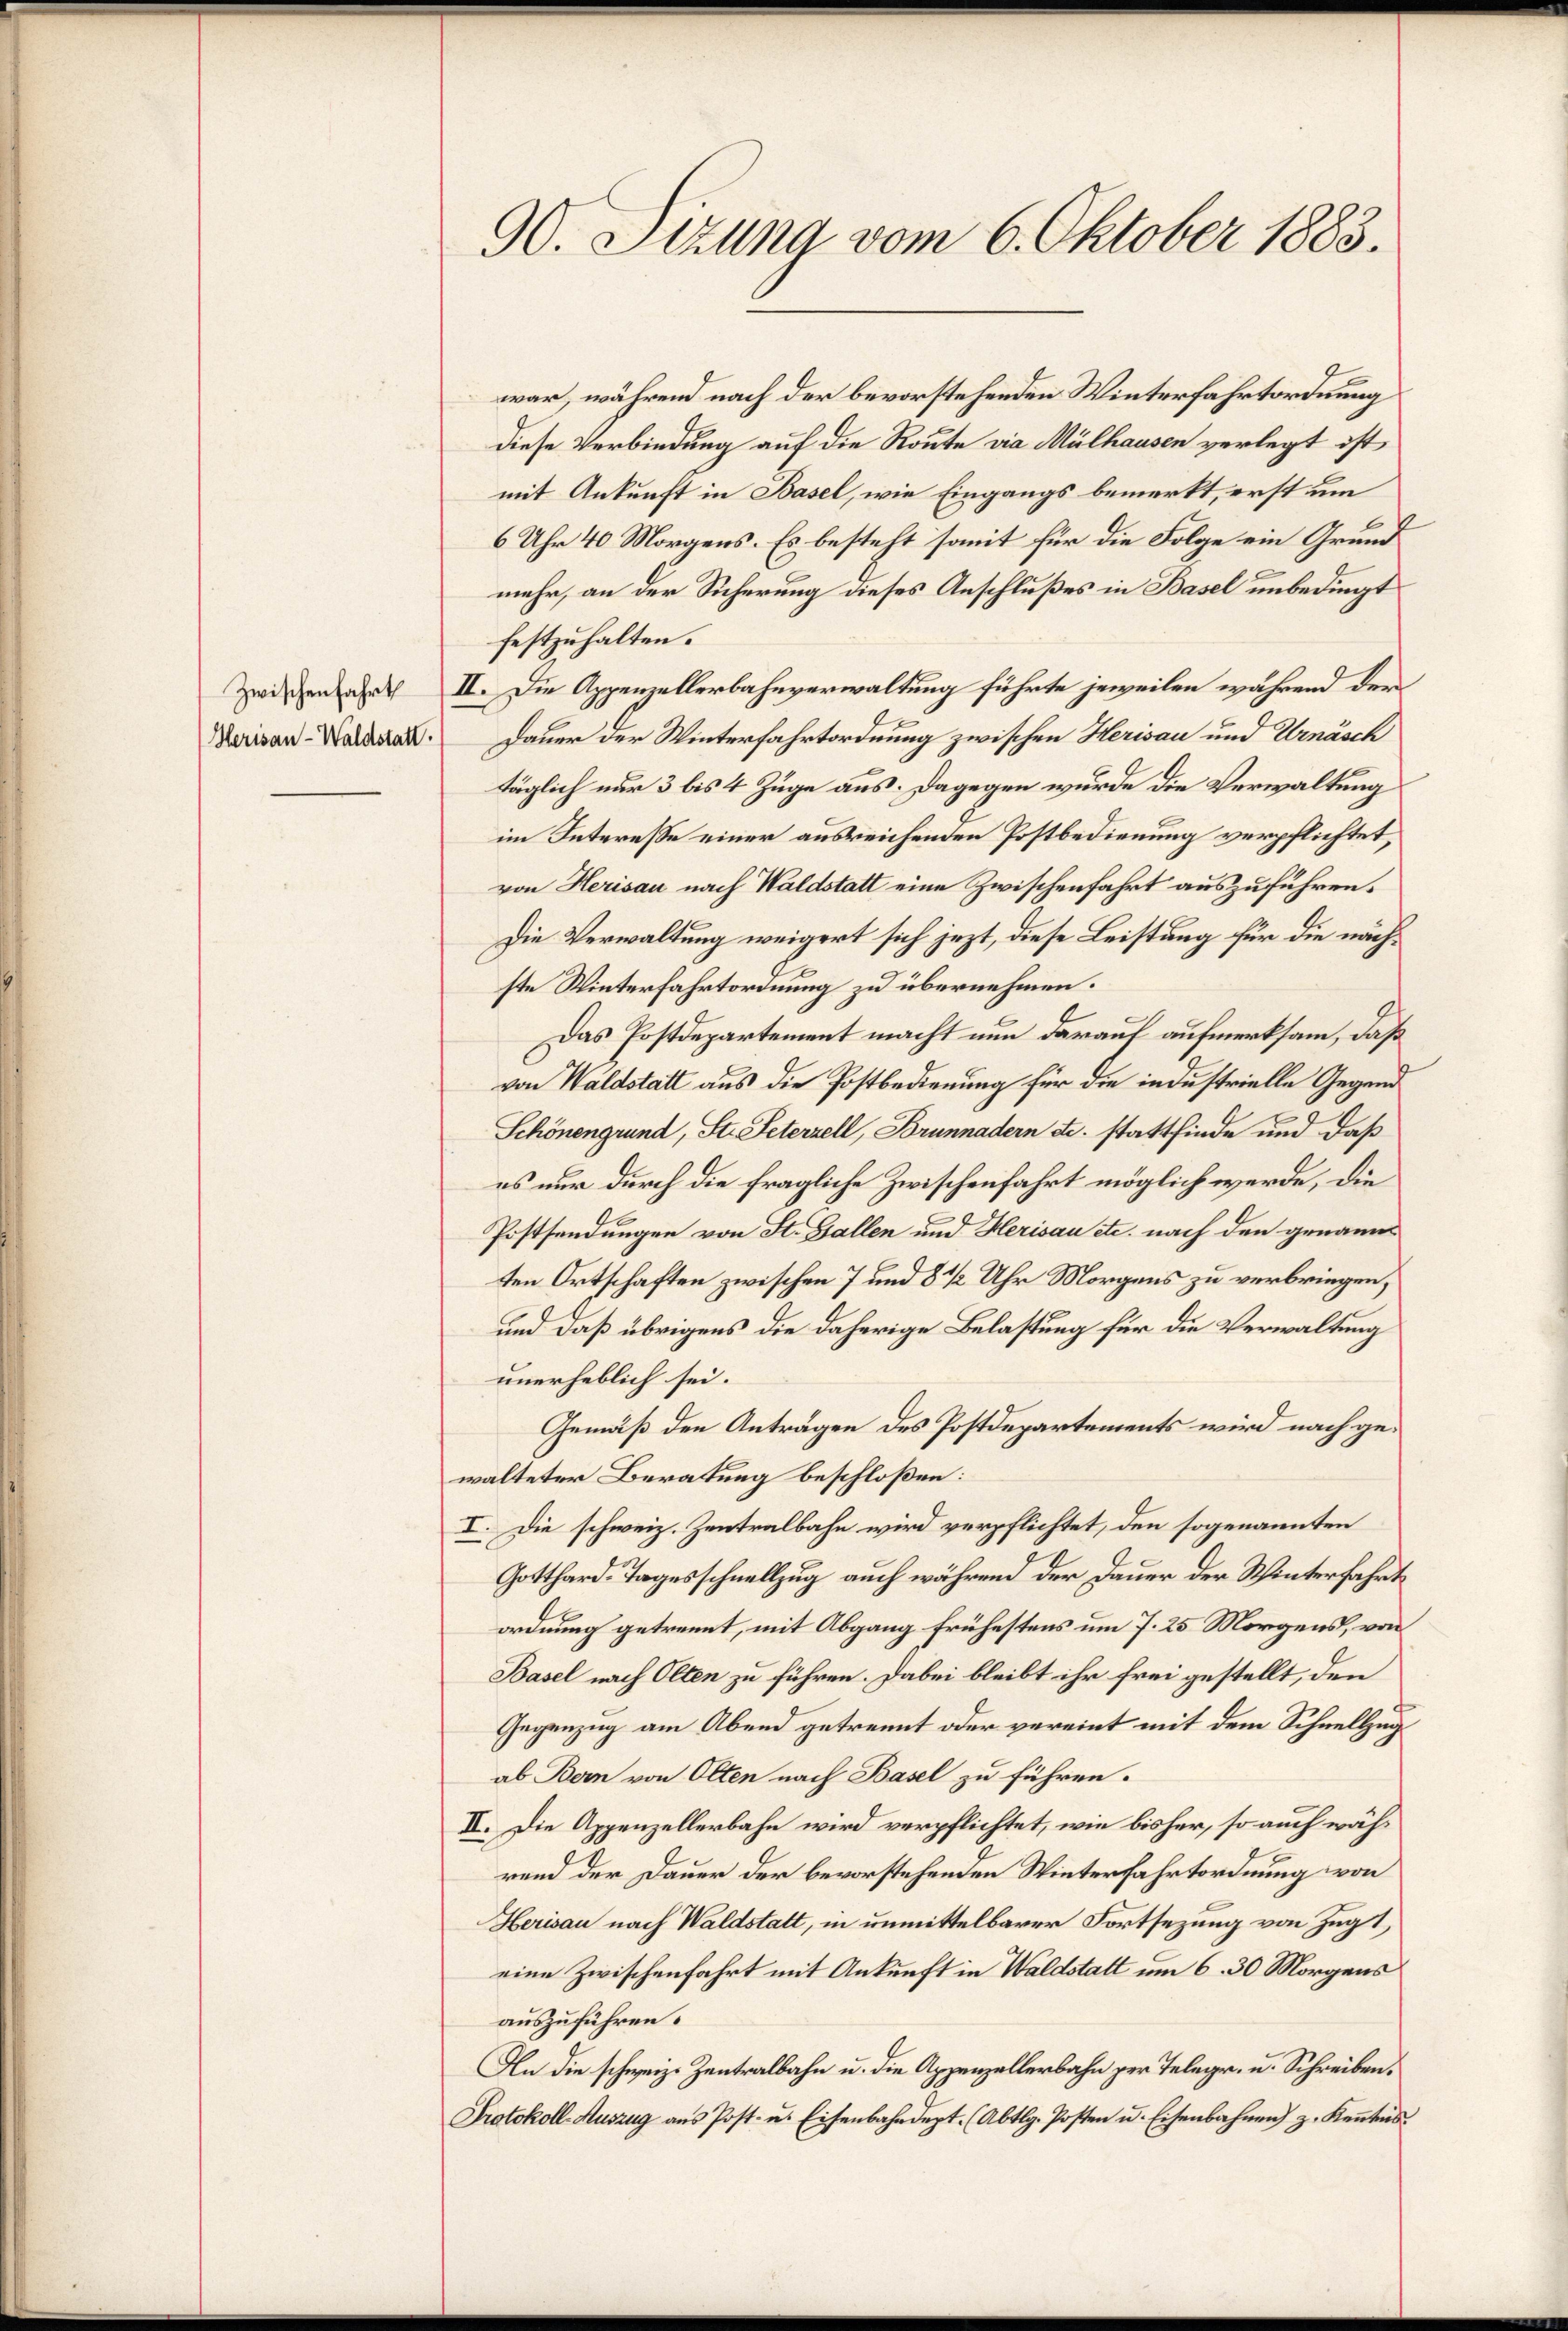
Herisau-Waldstatt.

90. Sizung vom 6. Oktober 1883.

war, während nach der bevorstehenden Winterfahrtordnung
diese Verbindung auf die Route via Mülhausen verlegt ist,
mit Ankunft in Basel, wie Eingangs bemerkt, erst um
6 Uhr 40 Morgens. Es besteht somit für die Folge ein Grund
mehr, an der Sicherung dieses Anschlußes in Basel unbedingt
festzuhalten.
Zwischen hat II. Die Appenzellerbahnverwaltung führte jeweilen während der
Dauer der Winterfahrtordnung zwischen Herisau und Urnäsch
täglich nur 3 bis 4 Züge aus. Dagegen wurde die Verwaltung
im Interesse einer ausreichenden Postbedienung verpflichtet,
von Herisau nach Waldstatt eine Zwischenfahrt auszuführen.
Die Verwaltung weigert sich jezt, diese Leistung für die nächste Winterfahrtordnung zu übernehmen.
Das Postdepartement macht nun darauf aufmerksam, daß
von Waldstatt aus die Postbedienung für die industrielle Gegend
Schönengrund, St. Peterzell, Brunnadern etc. stattfinde und daß
es nur durch die fragliche Zwischenfahrt möglich werde, die
Postsendungen von St. Gallen und Herisau etc. nach den genann
ten Ortschaften zwischen 7 und 8 1/2 Uhr Morgens zu verbringen,
und daß übrigens die daherige Belastung für die Verwaltung
unerheblich sei.
Gemäß den Anträgen des Postdepartements wird nach gewalteter Beratung beschloßen:
I. Die schweiz. Zentralbahn wird verpflichtet, den sogenannten
Gotthard-Tagesschnellzug auch während der Dauer der Winterfahrt
ordnung getrennt, mit Abgang frühestens um 7. 25 Morgens, von
Basel nach Olten zu führen. Dabei bleibt ihr frei gestellt, den
Gegenzug am Abend getrennt oder vereint mit dem Schnellzugab Bern von Olten nach Basel zu führen.
II. Die Appenzellerbahn wird verpflichtet, wie bisher, so auch während der Dauer der bevorstehenden Winterfahrtordnung von
Herisau nach Waldstatt, in unmittelbarer Fortsezung von Zugt,
eine Zwischenfahrt mit Ankunft in Waldstatt um 6. 30 Morgens
auszuführen.
An die schweiz. Zentralbahn u. die Appenzellerbahn zur Telegr. u. Schreiben.
Protokoll-Auszug ans Post- u. Eisenbahndept. (Abtlg. Posten u. Eisenbahnen) z. Keṅtnis.